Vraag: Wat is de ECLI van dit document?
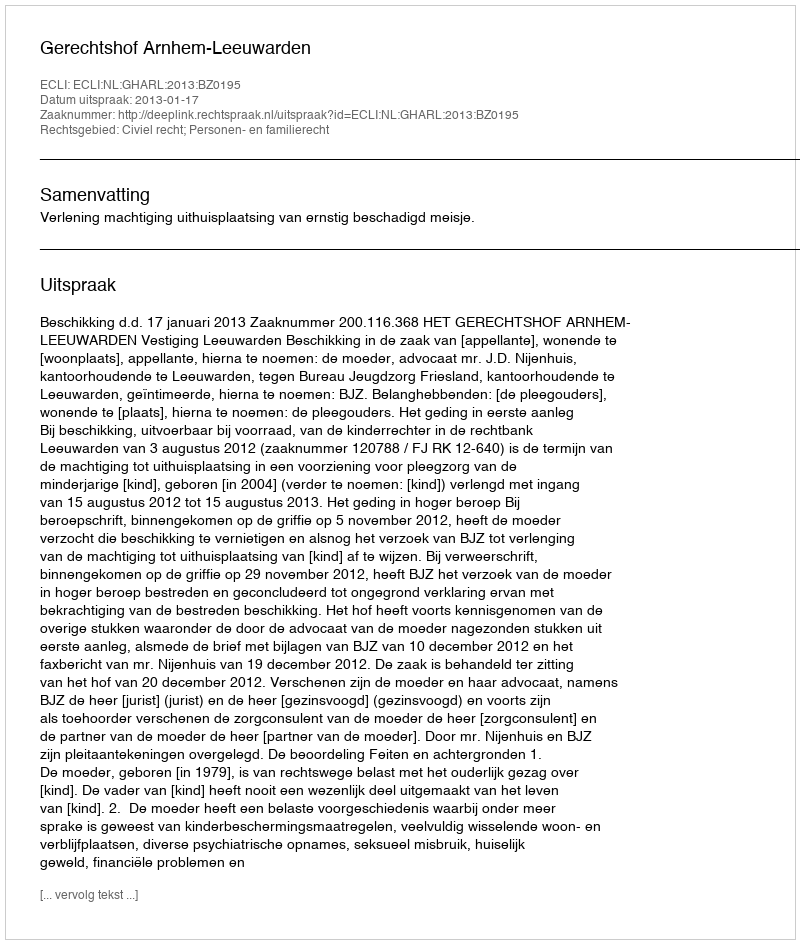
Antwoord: ECLI:NL:GHARL:2013:BZ0195